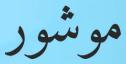
موشور